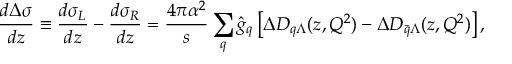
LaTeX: \frac { d \Delta \sigma } { d z } \equiv \frac { d \sigma _ { L } } { d z } - \frac { d \sigma _ { R } } { d z } = \frac { 4 \pi \alpha ^ { 2 } } { s } \sum _ { q } \hat { g } _ { q } \left[ \Delta D _ { q \Lambda } ( z , Q ^ { 2 } ) - \Delta D _ { \bar { q } \Lambda } ( z , Q ^ { 2 } ) \right] ,